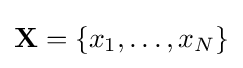
\mathbf {X} =\{x_{1},\dots ,x_{N}\}